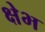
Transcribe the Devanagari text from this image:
क्षेभ